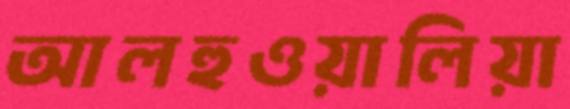
আলহুওয়ালিয়া